Papers set at the Examination for Leaving Certificates, 1895
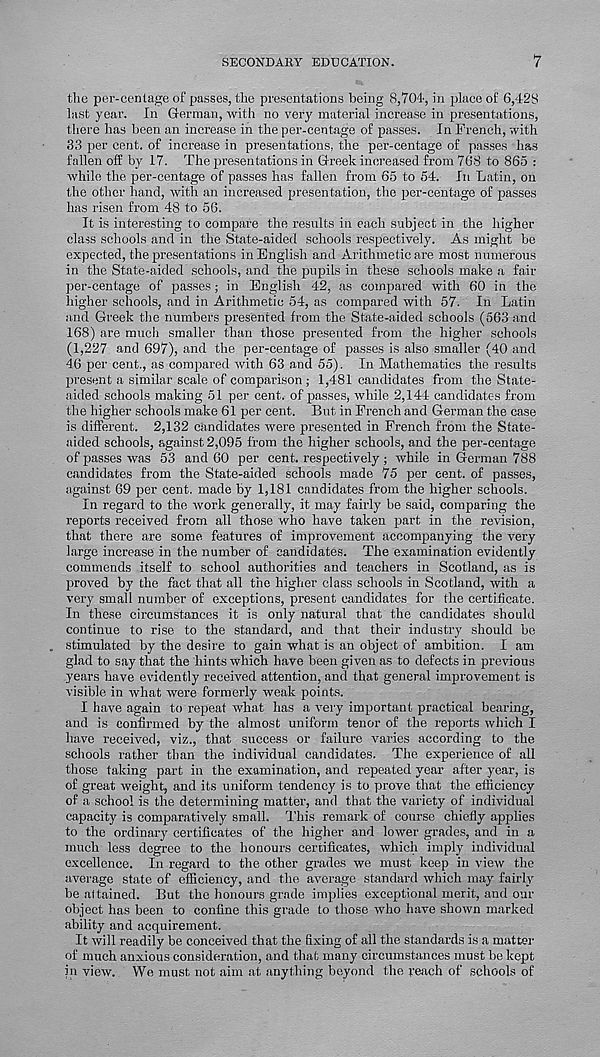
SECONDAHY EDUCATION.
7
the per-centage of passes, the presentations being 8,704', in place of 6,428
hist year. In German, with no very material increase in presentations,
there has been an increase in the per-centage of passes. In French, with
33 per cent, of increase in presentations, the per-centage of passes has
fallen off by 17. The presentations in Greek increased from 768 to 865 :
while the per-centage of passes has fallen from 65 to 54. In Latin, on
the other hand, with an increased presentation, the per-centage of passes
has risen from 48 to 56.
It is interesting to compare the results in each subject in the higher
class schools and in the State-aided schools respectively. As might be
expected, the presentations in English and Arithmetic are most numerous
in the State-aided schools, and the pupils in these schools make a fair
per-centage of passes; in English 42, as compared with 60 in the
higher schools, and in Arithmetic 54, as compared with 57. In Latin
and Greek the numbers presented from the State-aided schools (563 and
168) are much smaller than those presented from the higher schools
(1,227 and 697), and the per-centage of passes is also smaller (40 and
46 per cent., as compared with 63 and 55). In Mathematics the results
present a similar scale of comparison ; 1,481 candidates from the State-
aided schools making 51 per cent, of passes, while 2,144 candidates from
the higher schools make 61 per cent. But in French and German the case
is different. 2,132 candidates were presented in French from the State-
aided schools, against 2,095 from the higher schools, and the per-centage
of passes was 53 and 60 per cent, respectively ; while in German 788
candidates from the State-aided schools made 75 per cent, of passes,
against 69 per cent, made by 1,181 candidates from the higher schools.
In regard to the work generally, it may fairly be said, comparing the
reports received from all those who have taken part in the revision,
that there are some features of improvement accompanying the very
large increase in the number of candidates. The examination evidently
commends itself to school authorities and teachers in Scotland, as is
proved by the fact that all the higher class schools in Scotland, with a
very small number of exceptions, present candidates for the certificate.
In these circumstances it is only natural that the candidates should
continue to rise to the standard, and that their industry should be
stimulated by the desire to gain what is an object of ambition. I am
glad to say that the hints which have been given as to defects in previous
years have evidently received attention, and that general improvement is
visible in what were formerly weak points.
I have again to repeat what has a very important practical bearing,
and is confirmed by the almost uniform tenor of the reports which I
have received, viz., that success or failure varies according to the
schools rather than the individual candidates. The experience of all
those taking part in the examination, and repeated year after year, is
of great weight, and its uniform tendency is to prove that the efficiency
of a school is the determining matter, and that the variety of individual
capacity is comparatively small. This remark of course chiefly ajiplies
to the ordinary certificates of the higher and lower grades, and in a
much less degree to the honours certificates, which imply individual
excellence. In regard to the other grades we must keep in view the
average state of efficiency, and the average standard which may fairly
be altained. But the honours grade implies exceptional merit, and our
object has been to confine this grade to those who have shown marked
ability and acquirement.
It will readily be conceived that the fixing of all the standards is a matter
of much anxious consideration, and that many circumstances must be kept
in view. We must not aim at anything beyond the reach of schools of